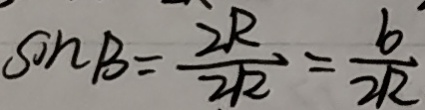
\sin B = \frac { 2 R } { 2 R } = \frac { b } { 2 R }